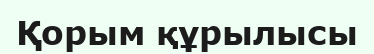
Қорым құрылысы